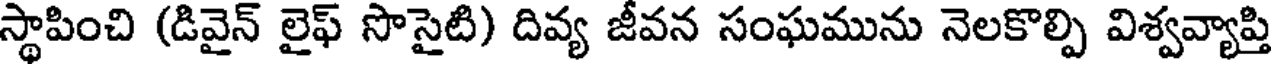
స్థాపించి (డివైన్ లైఫ్ సొసైటి) దివ్య జీవన సంఘమును నెలకొల్పి విశ్వవ్యాప్తి